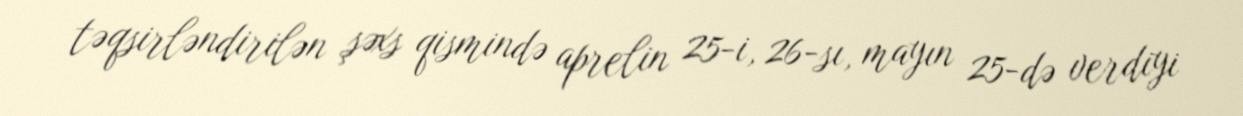
təqsirləndirilən şəxs qismində aprelin 25-i, 26-sı, mayın 25-də verdiyi